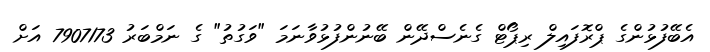
އެބޭފުޅުންގެ ޕްރޮފައިލް ރިޕޯޓް ގެނެސްދޭން ބޭނުންފުޅުވާނަމަ "ވަގުތު" ގެ ނަމްބަރު 7907173 އަށް